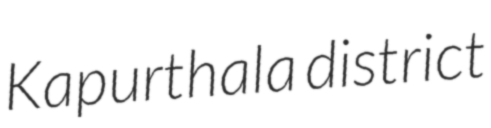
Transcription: Kapurthala district